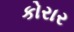
કોરાર